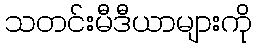
သတင်းမီဒီယာများကို